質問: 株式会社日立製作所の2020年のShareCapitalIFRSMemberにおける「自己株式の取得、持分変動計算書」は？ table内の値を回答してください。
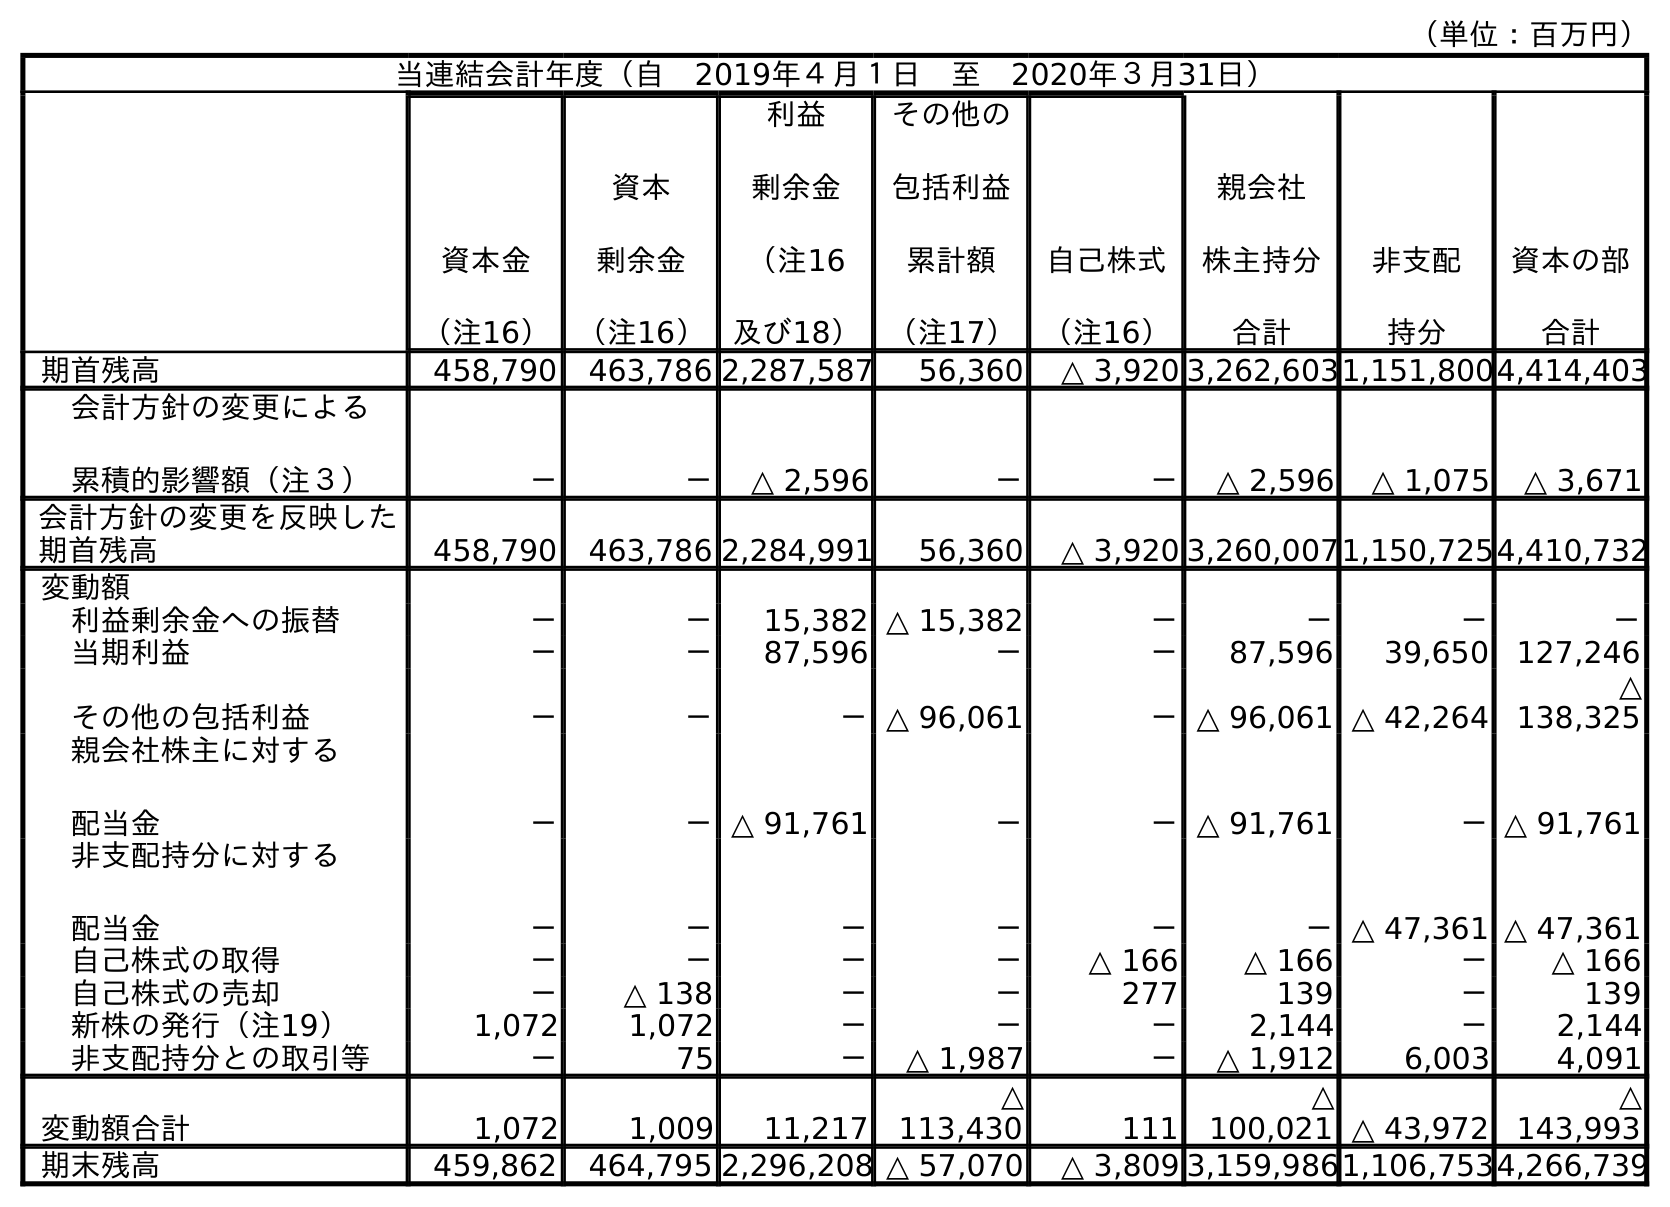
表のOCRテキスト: （単位：百万円） 当連結会計年度（自 2019年４月１日 至 2020年３月31日） 資本金 （注16） 資本 剰余金 （注16） 利益 剰余金 （注16 及び18） その他の 包括利益 累計額 （注17） 自己株式 （注16） 親会社 株主持分 合計 非支配 持分 資本の部 合計 期首残高 458,790 463,786 2,287,587 56,360 △ 3,920 3,262,6031,151,8004,414,403 会計方針の変更による 累積的影響額（注３） － － △ 2,596 － － △ 2,596 △ 1,075 △ 3,671 会計方針の変更を反映した 期首残高 458,790 463,786 2,284,991 56,360 △ 3,920 3,260,0071,150,7254,410,732 変動額 利益剰余金への振替 － － 15,382 △ 15,382 － － － － 当期利益 － － 87,596 － － 87,596 39,650 127,246 その他の包括利益 － － －△ 96,061 －△ 96,061 △ 42,264 △ 138,325 親会社株主に対する 配当金 － －△ 91,761 － －△ 91,761 －△ 91,761 非支配持分に対する 配当金 － － － － － －△ 47,361 △ 47,361 自己株式の取得 － － － － △ 166 △ 166 － △ 166 自己株式の売却 － △ 138 － － 277 139 － 139 新株の発行（注19） 1,072 1,072 － － － 2,144 － 2,144 非支配持分との取引等 － 75 － △ 1,987 － △ 1,912 6,003 4,091 変動額合計 1,072 1,009 11,217 △ 113,430 111 △ 100,021 △ 43,972 △ 143,993 期末残高 459,862 464,795 2,296,208 △ 57,070 △ 3,809 3,159,9861,106,7534,266,739
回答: －